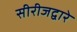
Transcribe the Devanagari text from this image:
सीरीजद्वारे